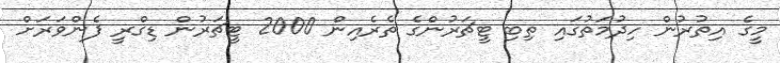
މީގެ އިތުރުން ހިދުމަތުގައި ތިބި ޓީޗަރުންގެ ތެރެއިން 2000 ޓީޗަރުން ޑިގްރީ ފެންވަރަށް